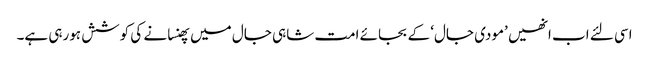
اسی لئے اب انھیں ’مودی جال‘ کے بجائے امت شاہی جال میں پھنسانے کی کوشش ہورہی ہے۔